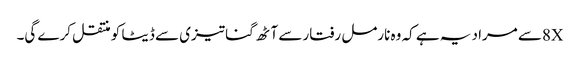
8Xسے مراد یہ ہے کہ وہ نارمل رفتار سے آٹھ گنا تیزی سے ڈیٹا کو منتقل کرے گی۔